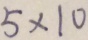
5 \times 1 0